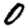
Digit: 0